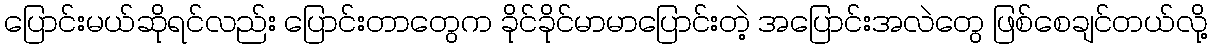
ပြောင်းမယ်ဆိုရင်လည်း ပြောင်းတာတွေက ခိုင်ခိုင်မာမာပြောင်းတဲ့ အပြောင်းအလဲတွေ ဖြစ်စေချင်တယ်လို့